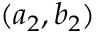
( a _ { 2 } , b _ { 2 } )